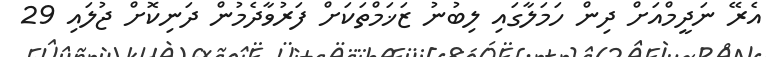
އެރޭ ނަދީމްއަށް ދިން ހަމަލާގައި ލިބުނު ޒަޚަމްތަކަށް ފަރުވާދެމުން ދަނިކޮށް ޖުލައި 29